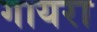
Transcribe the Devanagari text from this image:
गायरा